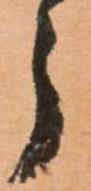
う